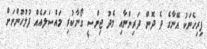
ފިރިހެނަކު އޭނާގެ ދެ ދޮން ދަރިންނާއި މެދު ޖިންސީ ގޯނާކުރި މައްސަލައެއް ފުލުހުންނަށް